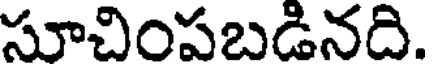
సూచింపబడినది.